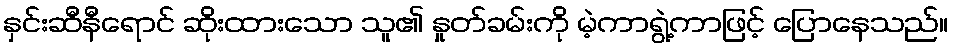
နှင်းဆီနီရောင် ဆိုးထားသော သူ၏ နှုတ်ခမ်းကို မဲ့ကာရွဲ့ကာဖြင့် ပြောနေသည်။